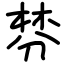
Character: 棼